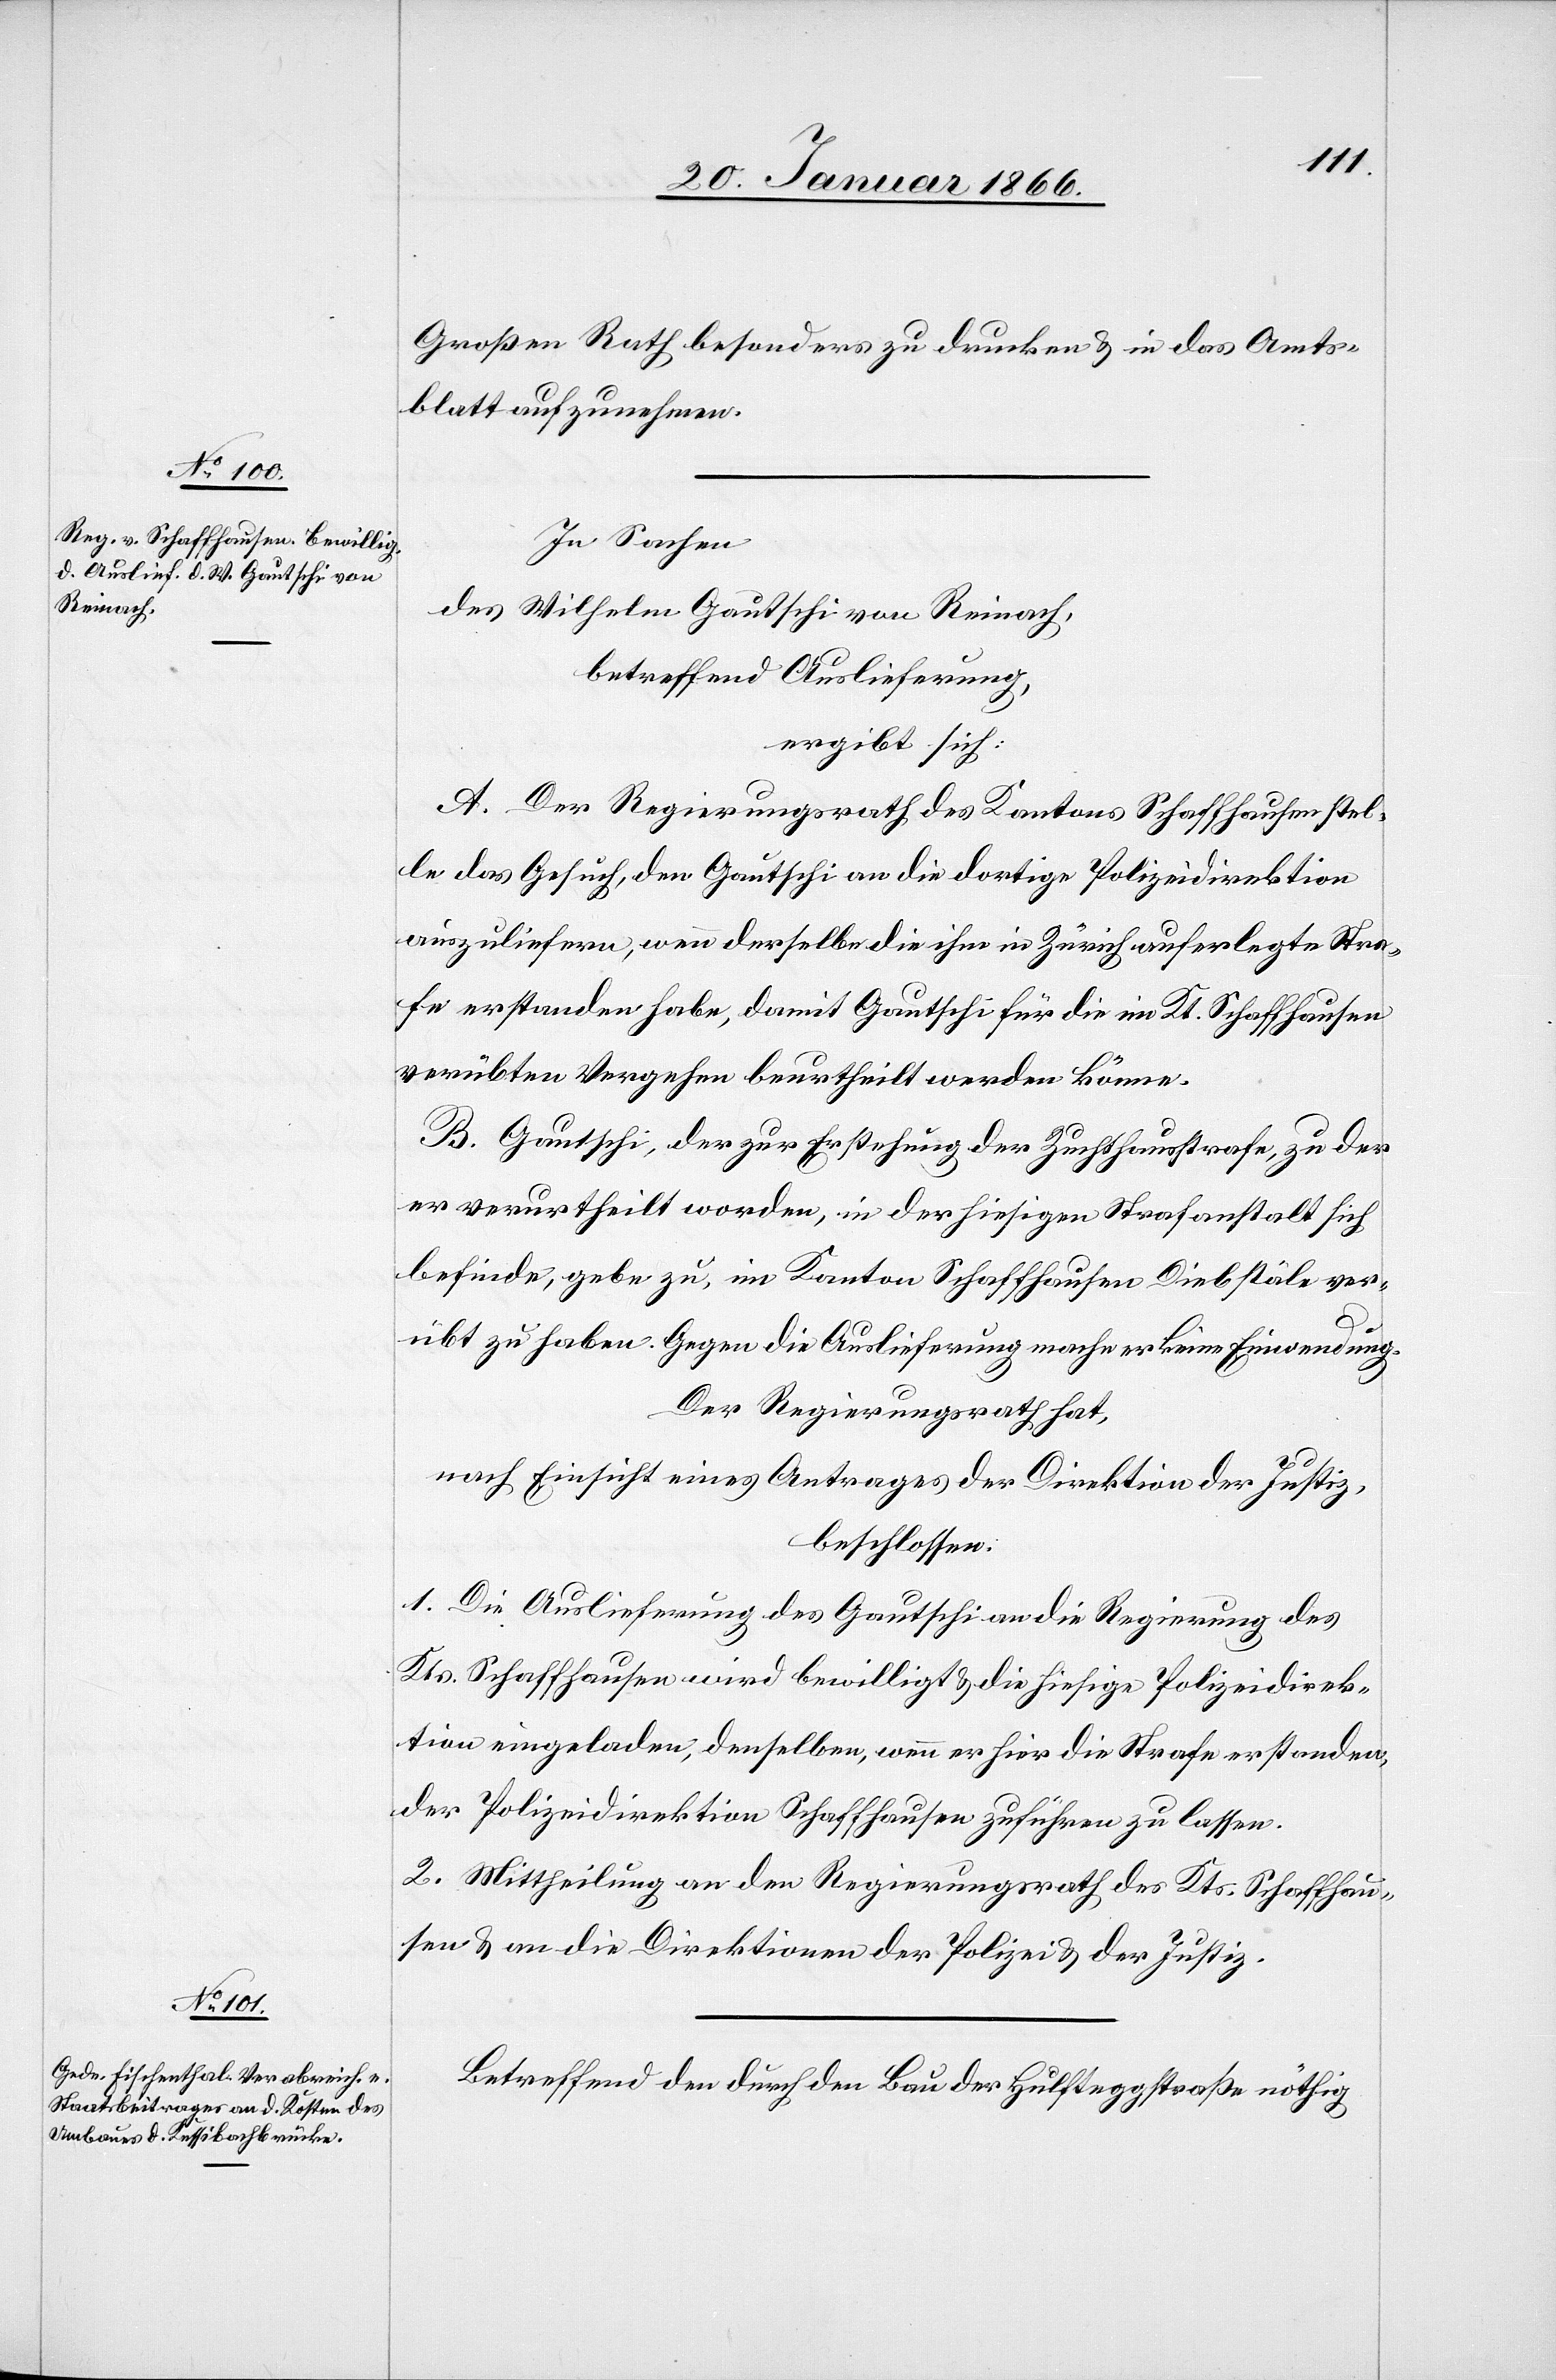
Großen Rath besonders zu drucken u. in das Amts¬
blatt aufzunehmen.
In Sachen
des Wilhelm Gautschi von Reinach,
betreffend Auslieferung,
ergibt sich:
A. Der Regierungsrath des Kantons Schaffhausen stel¬
le das Gesuch, den Gautschi an die dortige Polizeidirektion
auszuliefern, wenn derselbe die ihm in Zürich auferlegte Stra¬
fe erstanden habe, damit Gautschi für die im Kt. Schaffhausen
verübten Vergehen beurtheilt werden könne.
B. Gautschi, der zur Erstehung der Zuchthausstrafe, zu der
er verurtheilt worden, in der hiesigen Strafanstalt sich
befinde, gebe zu, im Kanton Schaffhausen Diebstäle ver¬
übt zu haben. Gegen die Auslieferung mache er keine Einwendung.
Der Regierungsrath hat,
nach Einsicht eines Antrages der Direktion der Justiz,
beschlossen:
1. Die Auslieferung des Gautschi an die Regierung des
Kts. Schaffhausen wird bewilligt u. die hiesige Polizeidirek¬
tion eingeladen, denselben, wenn er hier die Strafe erstanden,
der Polizeidirektion Schaffhausen zuführen zu lassen.
2. Mittheilung an den Regierungsrath des Kts. Schaffhau¬
sen u. an die Direktionen der Polizei u. der Justiz.
Betreffend den durch den Bau der Hulfteggstraße nöthig